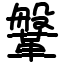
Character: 鞶